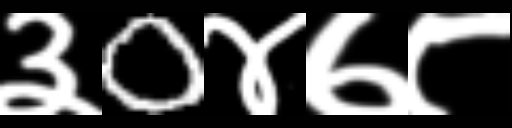
Text: ३0४७८